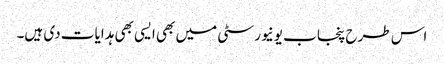
اس طرح پنجاب یونیورسٹی میں بھی ایسی بھی ہدایات دی ہیں۔